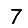
Digit: 7